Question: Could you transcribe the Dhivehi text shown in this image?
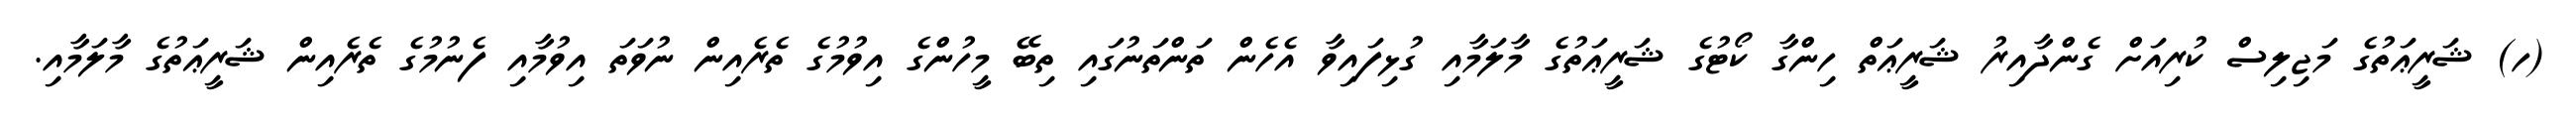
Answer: (ހ) ޝަރީޢަތުގެ މަޖިލިސް ކުރިއަށް ގެންދާއިރު ޝަރީޢަތް ހިންގާ ކޯޓުގެ ޝަރީޢަތުގެ މާލަމާއި ގުޅިފައިވާ އެހެން ތަންތަނުގައި ތިބޭ މީހުންގެ އިވުމުގެ ތެރެއިން ނުވަތަ އިވުމާއި ފެނުމުގެ ތެރެއިން ޝަރީޢަތުގެ މާލަމާއި.